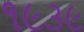
૧૯૩૯